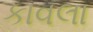
કાવલા